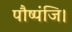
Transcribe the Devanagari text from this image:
पौष्पंजि।